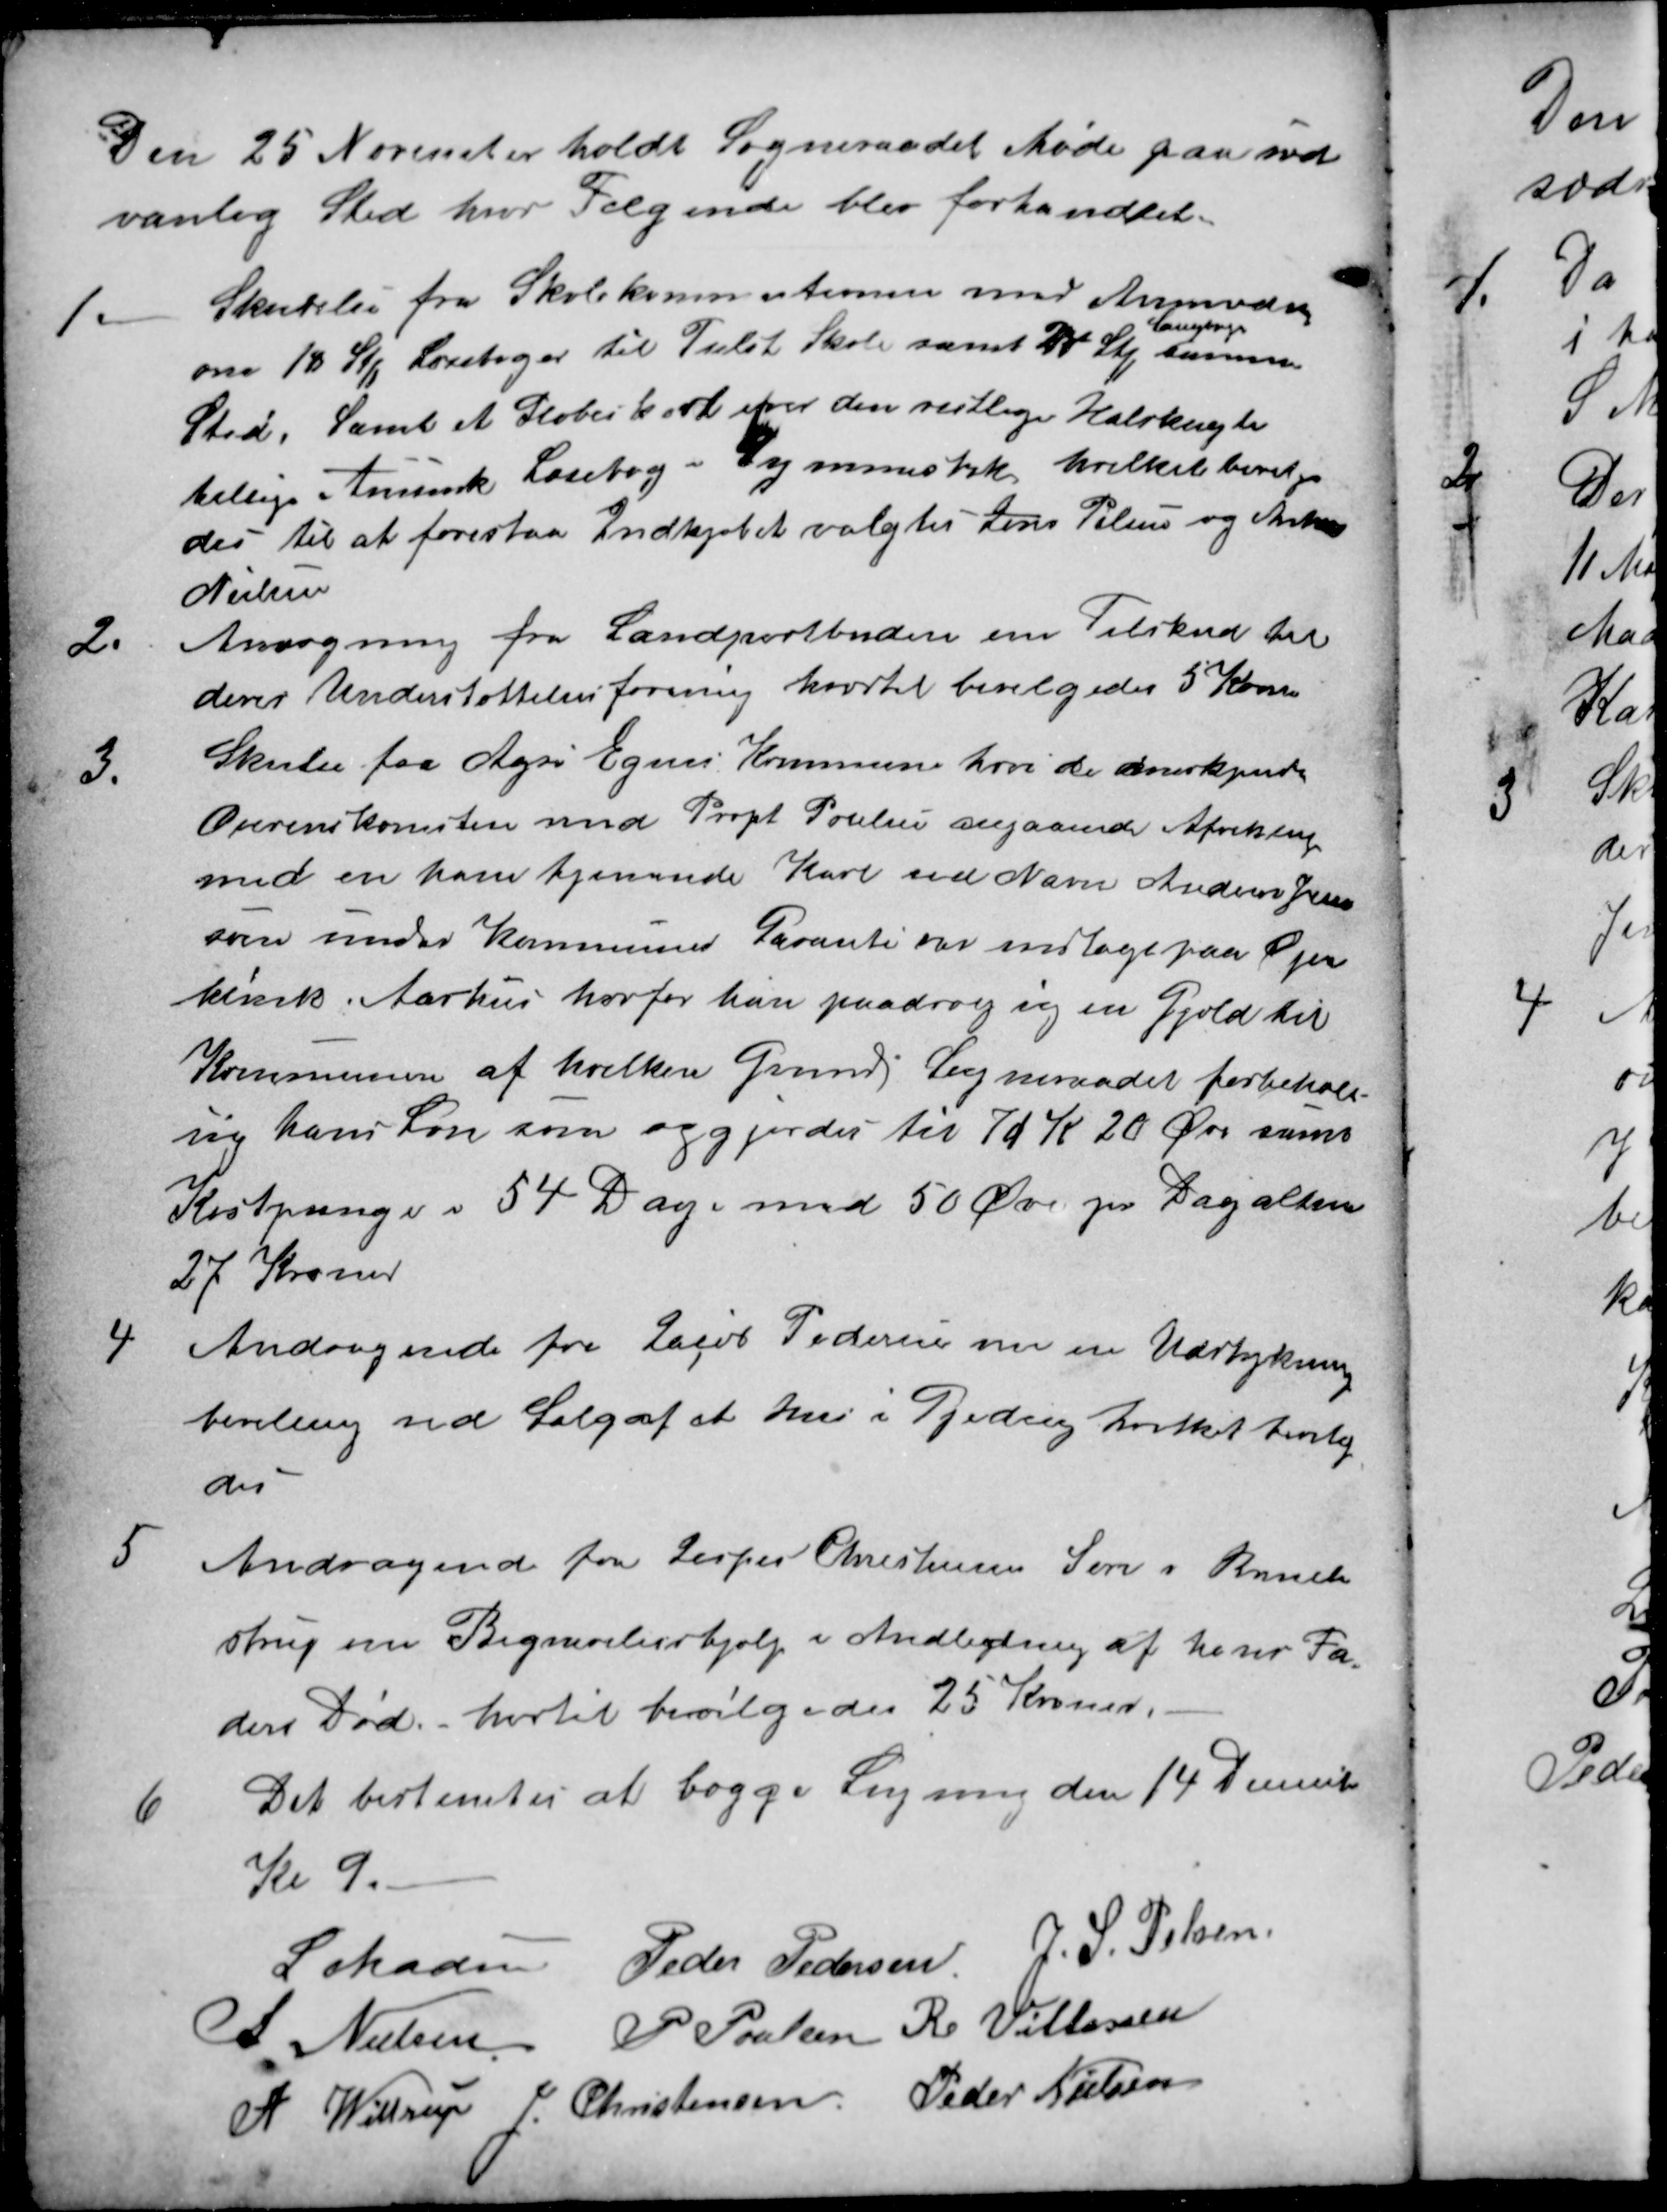
Transskription:
Den 25 November holdt Sogneraadet Møde paa sæd
vanlig Sted hvor Følgende blev forhandlet.
1.
Skrivelse fra Skolekommitionen med Anmodning
om 18 Stk Læsebøger til Tiilst Skole samt 24 Stk 
Sangbøger
samme
Sted. Samt et Globeikort over den vestlige Halvkugle
tillige Ansinsk Læsebog - Gymnastik, hvilket bevilge-
des til at forestaa Indkjøbet valgtes Jens Pelsen og Anton
Nielsen
2.
Ansøgning fra Landpostbudene om Tilskud til
deres Understøttelsesforening hvortil bevilgedes 5 Kroner
3.
Skrilse fra Agri Egens Kommune hvori de anerkjender
Overenskomsten med Propt Poulsen angaaende Afvikling
med en ham tjenende Karl ved Navn Anders Jensen
som under Kommunes Garanti var indlagt paa Øjen
klinik. Aarhus hvorfor han paadrog sig en Gjæld til
Kommunen af hvilken Grund Sogneraadet forbehold
sig hans Løn som opgjordes til 70 Kr 20 Øre samt
Kostpenge i 54 Dage med 50 Øre pr Dag altsaa
27 Kroner
4
Andragende fra Jacob Pedersen om en Udstyknings
bevilling ved Salg af et hus i Gjeding hvilket bevilge
des
5
Andragende fra Jesper Christensen Søn i Brend-
strup om Begravelseshjælp i Anledning af hans Fa-
ders Død. hertil bevilgedes 25 Kroner,
6
Det bestemtes at lægge Ligning den 14 December
Kl 9.
L Madsen
Peder Pedersen
J. S. Pelsen
A. Nielsen
P Poulsen
R Villassen
A Wittrup
J. Christensen
Peder Nielsen